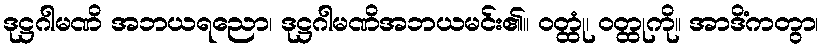
ဒုဋ္ဌဂါမဏိ အဘယရညော၊ ဒုဋ္ဌဂါမဏိအဘယမင်း၏။ ဝတ္ထုံ၊ ဝတ္ထုကို။ အာဒိံကတွာ၊